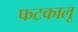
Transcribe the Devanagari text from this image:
फटकालू